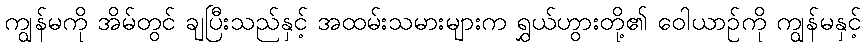
ကျွန်မကို အိမ်တွင် ချပြီးသည်နှင့် အထမ်းသမားများက ရွှယ်ဟွားတို့၏ ဝေါယာဉ်ကို ကျွန်မနှင့်